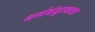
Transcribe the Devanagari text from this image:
धर्मबंधुत्वाचा